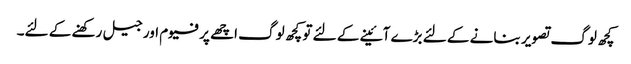
کچھ لوگ تصویر بنانے کے لئے بڑے آئینے کے لئے تو کچھ لوگ اچھے پرفیوم اور جیل رکھنے کے لئے۔